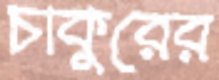
চাকুরের